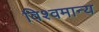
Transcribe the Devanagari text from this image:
विश्वमान्य